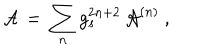
{ \cal A } \, = \, \sum _ { n } g _ { s } ^ { 2 n + 2 } \, { \cal A } ^ { ( n ) } \ ,